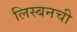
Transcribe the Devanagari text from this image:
लिस्बनची